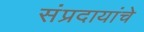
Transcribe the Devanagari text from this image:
संप्रदायांचे